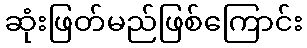
ဆုံးဖြတ်မည်ဖြစ်ကြောင်း